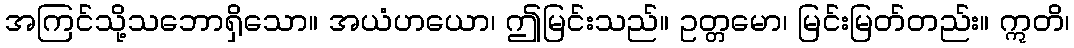
အကြင်သို့သဘောရှိသော။ အယံဟယော၊ ဤမြင်းသည်။ ဥတ္တမော၊ မြင်းမြတ်တည်း။ ဣတိ၊